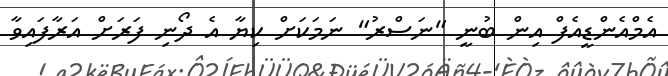
އެމްއެންޑީއެފް އިން ބުނީ "ނަސްރު" ނަމަކަށް ކިޔާ އެ ދޯނި ފަރަށް އަރާފައިވާ